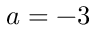
a = - 3